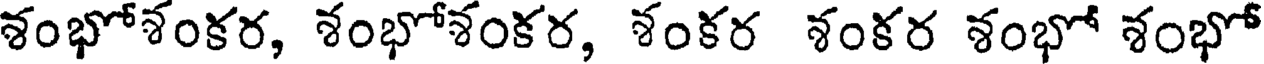
శంభోశంకర, శంభోశంకర, శంకర శంకర శంభో శంభో